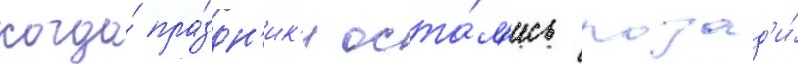
когда́ пра́здн'ик'и оста́л'ись позад'и́